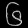
Digit: ၆